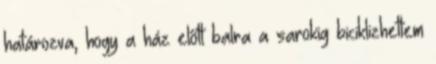
határozva, hogy a ház előtt balra a sarokig biciklizhettem